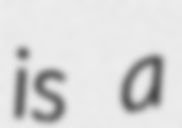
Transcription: is a